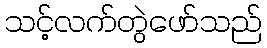
သင့်လက်တွဲဖော်သည်